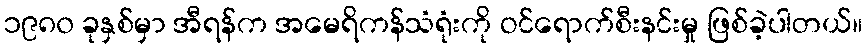
၁၉၈၀ ခုနှစ်မှာ အီရန်က အမေရိကန်သံရုံးကို ဝင်ရောက်စီးနင်းမှု ဖြစ်ခဲ့ပါတယ်။